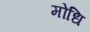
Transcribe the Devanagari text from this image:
मोधि